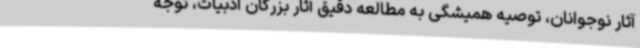
آثار نوجوانان، توصیه همیشگی به مطالعه دقیق آثار بزرگان ادبیات، توجه